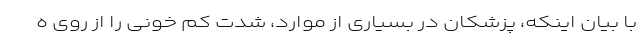
با بیان اینکه، پزشکان در بسیاری از موارد، شدت کم خونی را از روی ه